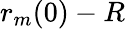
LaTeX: r_{m}(0)-R